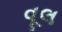
વૂલ